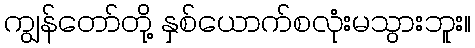
ကျွန်တော်တို့ နှစ်ယောက်စလုံးမသွားဘူး။